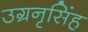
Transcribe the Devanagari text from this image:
उग्रनृसिंह